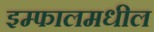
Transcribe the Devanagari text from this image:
इम्फालमधील